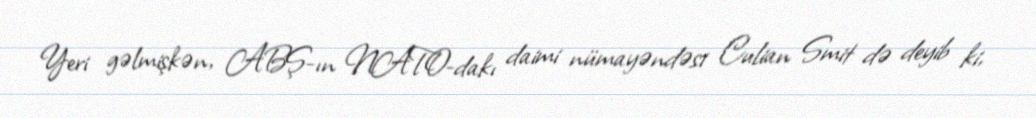
Yeri gəlmişkən, ABŞ-ın NATO-dakı daimi nümayəndəsi Culian Smit də deyib ki,